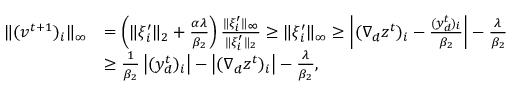
\begin{array} { r l } { \| ( v ^ { t + 1 } ) _ { i } \| _ { \infty } } & { = \left( \| \xi _ { i } ^ { \prime } \| _ { 2 } + \frac { \alpha \lambda } { \beta _ { 2 } } \right) \frac { \| \xi _ { i } ^ { \prime } \| _ { \infty } } { \| \xi _ { i } ^ { \prime } \| _ { 2 } } \geq \| \xi _ { i } ^ { \prime } \| _ { \infty } \geq \left| ( \nabla _ { d } z ^ { t } ) _ { i } - \frac { ( y _ { d } ^ { t } ) _ { i } } { \beta _ { 2 } } \right| - \frac { \lambda } { \beta _ { 2 } } } \\ & { \geq \frac { 1 } { \beta _ { 2 } } \left| ( y _ { d } ^ { t } ) _ { i } \right| - \left| ( \nabla _ { d } z ^ { t } ) _ { i } \right| - \frac { \lambda } { \beta _ { 2 } } , } \end{array}